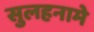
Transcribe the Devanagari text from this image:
सुलहनामे